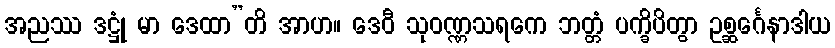
အညဿ ဒဋ္ဌုံ မာ ဒေထာ”တိ အာဟ။ ဒေဝီ သုဝဏ္ဏသရကေ ဘတ္တံ ပက္ခိပိတွာ ဥစ္ဆင်္ဂေနာဒါယ